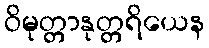
ဝိမုတ္တာနုတ္တရိယေန